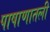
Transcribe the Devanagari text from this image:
पाषाणातली